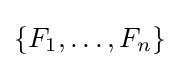
\{F_{1},\dots ,F_{n}\}